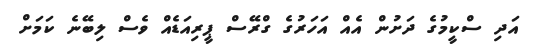
އަދި ސްކީމުގެ ދަށުން އެއް އަހަރުގެ ގްރޭސް ޕީރިއަޑެއް ވެސް ލިބޭނެ ކަމަށް